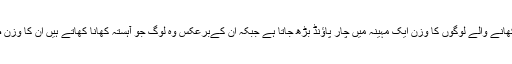
محققین کے مطابق جلدی کھانے والے لوگوں کا وزن ایک مہینہ میں چار پاؤنڈ بڑھ جاتا ہے جبکہ ان کےبرعکس وہ لوگ جو آہستہ کھانا کھاتے ہیں ان کا وزن صرف 1.5 پونڈ بڑھتا ہے۔